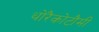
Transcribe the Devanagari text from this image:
थोरैकोटौमी